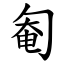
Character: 匎